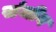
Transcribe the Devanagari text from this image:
संजीय